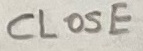
Text: CLOSE